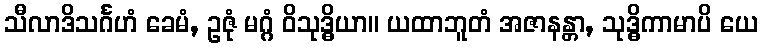
သီလာဒိသင်္ဂဟံ ခေမံ, ဥဇုံ မဂ္ဂံ ဝိသုဒ္ဓိယာ။ ယထာဘူတံ အဇာနန္တာ, သုဒ္ဓိကာမာပိ ယေ